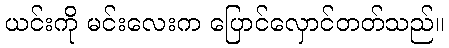
ယင်းကို မင်းလေးက ပြောင်လှောင်တတ်သည်။